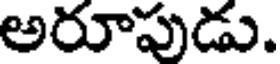
అరూపుడు.